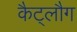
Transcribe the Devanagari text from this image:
कैट्लौग